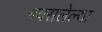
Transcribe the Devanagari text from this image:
गवसलेल्या